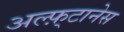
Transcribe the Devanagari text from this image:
अल्फ़्टानेस